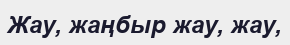
Жау, жаңбыр жау, жау,